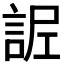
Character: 𧧫